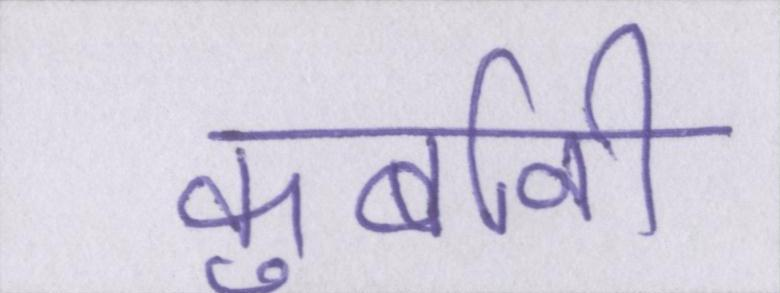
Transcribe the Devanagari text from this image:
कुर्बानी